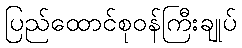
ပြည်ထောင်စုဝန်ကြီးချုပ်